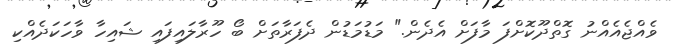
ވެއްޖެއެއްނު ގޮތްދޫކޮށްފަ މާފަށް އެދެން." މަޑުމަޑުން ދެފަރާތަށް ބޯ ހޫރާލައިފައި ޝައިހާ ވާހަކަދެއްކި